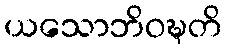
ယသောဘိဝဍ္ဎတိ